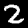
Label: 2